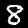
Digit: 8